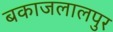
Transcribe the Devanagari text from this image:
बकाजलालपुर